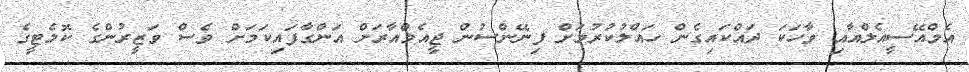
އެމްއޭސީއެލްއާއި ވާހަކަ ދައްކައިގެން ހައްލުކުރުމަށް ފިނޭންސުން ޖީއެމްއާރަށް އަންގާފައިކަމަށް ވެސް ވަޒީރުންގެ ކޮމެޓީގެ